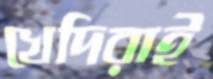
খেদিরাই